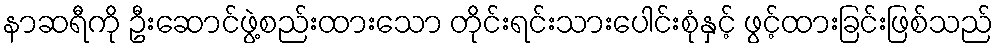
နာဆရီကို ဦးဆောင်ဖွဲ့စည်းထားသော တိုင်းရင်းသားပေါင်းစုံနှင့် ဖွင့်ထားခြင်းဖြစ်သည်